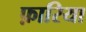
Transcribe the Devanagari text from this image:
फ़ारिया